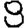
Digit: 8